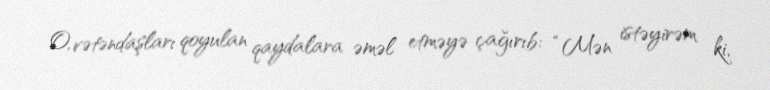
O, vətəndaşları qoyulan qaydalara əməl etməyə çağırıb: “Mən istəyirəm ki,